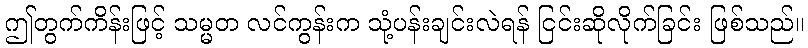
ဤတွက်ကိန်းဖြင့် သမ္မတ လင်ကွန်းက သုံ့ပန်းချင်းလဲရန် ငြင်းဆိုလိုက်ခြင်း ဖြစ်သည်။